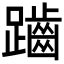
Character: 𪘏